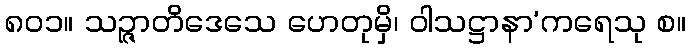
၈၀၁။ သဉ္ဇာတိဒေသေ ဟေတုမှိ၊ ဝါသဋ္ဌာနာ’ကရေသု စ။